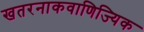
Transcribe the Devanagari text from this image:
खतरनाकवाणिज्यिक